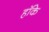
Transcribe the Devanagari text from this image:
हॉके